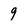
Character: 9